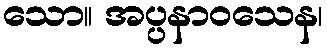
သော။ အပ္ပနာဝသေန၊